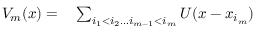
\begin{array} { r l } { V _ { m } ( x ) = } & { { } \sum _ { i _ { 1 } < i _ { 2 } \ldots i _ { m - 1 } < i _ { m } } U ( x - x _ { i _ { m } } ) } \end{array}